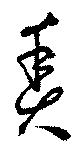
魚